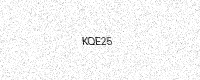
Text: KQE25